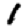
Digit: 1